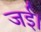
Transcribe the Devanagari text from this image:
जई।